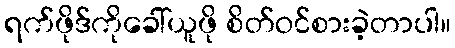
ရက်ဖိုဒ်ကိုခေါ်ယူဖို စိတ်ဝင်စားခဲ့တာပါ။